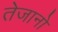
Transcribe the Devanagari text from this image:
तेजानो